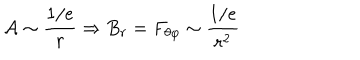
LaTeX: { \cal A } \sim \frac { 1 / e } { r } \Rightarrow B _ { r } = F _ { \theta \varphi } \sim \frac { 1 / e } { r ^ { 2 } }